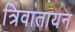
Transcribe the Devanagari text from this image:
त्रिवातायन